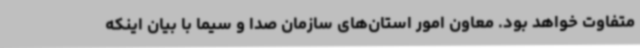
متفاوت خواهد بود. معاون امور استان‌های سازمان صدا و سیما با بیان اینکه